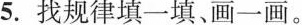
5.找规律填一填、画一画。